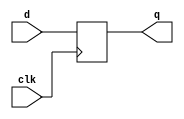
`timescale 1ns / 1ps
//////////////////////////////////////////////////////////////////////////////////
// Company: 
// Engineer: 
// 
// Design Name: 
// Module Name: PIPO
// Project Name: 
// Target Devices: 
// Tool Versions: 
// Description: 
// 
// Dependencies: 
// 
// Revision:
// Revision 0.01 - File Created
// Additional Comments:
// 
//////////////////////////////////////////////////////////////////////////////////

module dff(d,clk,q);
    input d,clk;
    output q;
    reg q=0;
    always @ (posedge clk)
    begin
    q<=d;
    end
endmodule 

module PIPO(d,clk,q);
    input [3:0] d;
    input clk;
    output [3:0]q;
    dff ee(d[3], clk, q[3]);
    dff ff(d[2], clk, q[2]);
    dff gg(d[1], clk, q[1]);
    dff hh(d[0], clk, q[0]);
endmodule